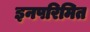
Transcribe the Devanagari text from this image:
इनपरिमित